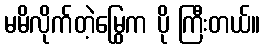
မမိလိုက်တဲ့မြွေက ပို ကြီးတယ်။